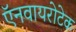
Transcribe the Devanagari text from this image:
ऍनवायरोटेक